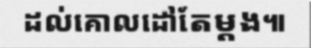
ដល់គោលដៅតែម្តង៕